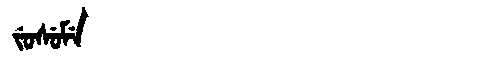
Manchu: ᠵᡠᠰᡠᠮᡝ
Romanization: JUSUME